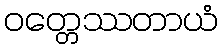
ဝတ္တေဿတာယံ